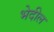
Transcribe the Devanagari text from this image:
भेदील